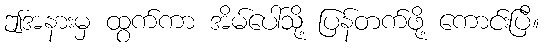
ဤအနားမှ ထွက်ကာ အိမ်ပေါ်သို့ ပြန်တက်ဖို့ ကောင်းပြီ။